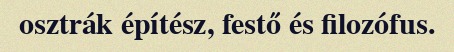
osztrák építész, festő és filozófus.